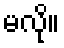
မလို။